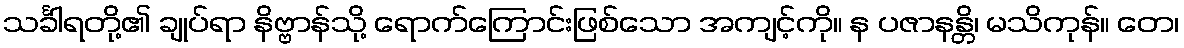
သင်္ခါရတို့၏ ချုပ်ရာ နိဗ္ဗာန်သို့ ရောက်ကြောင်းဖြစ်သော အကျင့်ကို။ န ပဇာနန္တိ၊ မသိကုန်။ တေ၊